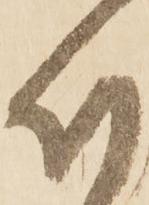
付